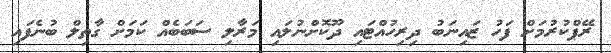
ރޭޕްކުރުމަށް ފަހު ޒައިނަބު ދިރިހުއްޓައި ދޫކޮށްނުލައި މަރާލި ސަބަބެއް ކަމަށް ގާތިލް ބުނެފައި